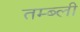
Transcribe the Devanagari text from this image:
तम्ब्ली